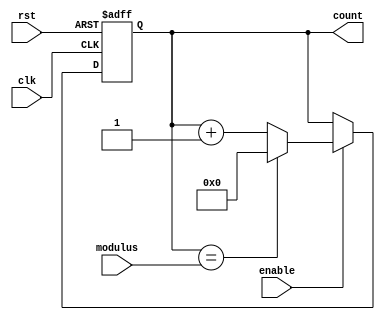
module modulus_counter(
    input wire clk,
    input wire rst,
    input wire enable,
    input wire [7:0] modulus,
    output reg [7:0] count
);

always @(posedge clk or posedge rst)
begin
    if (rst)
        count <= 8'b0;
    else if (enable)
    begin
        if (count == modulus)
            count <= 8'b0;
        else
            count <= count + 1;
    end
end

endmodule